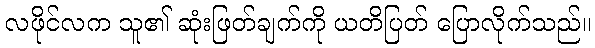
လဖိုင်လက သူ၏ ဆုံးဖြတ်ချက်ကို ယတိပြတ် ပြောလိုက်သည်။